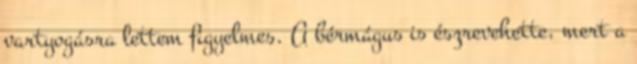
vartyogásra lettem figyelmes. A bérmágus is észrevehette, mert a